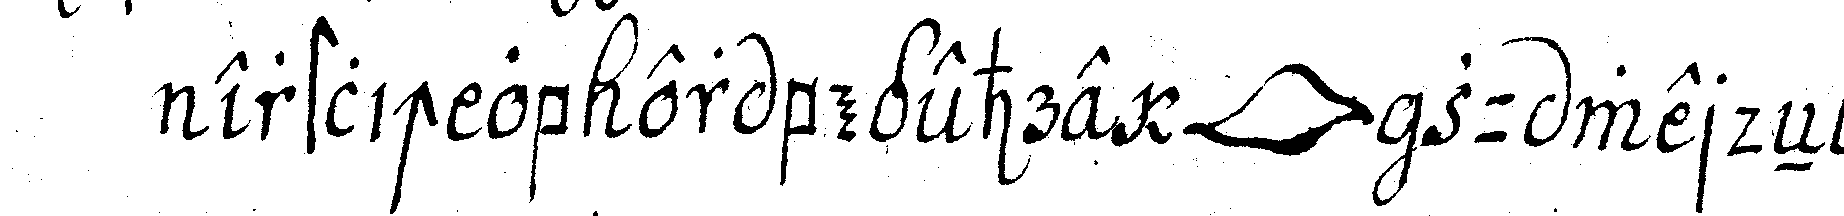
erstlich ob er begehre *lip* zu werdeN